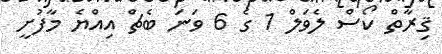
ޤިރާތް ކޯސް ލެވަލް 1 ގެ 6 ވަނަ ބެޗް އިއްޔެ މާފުށީ